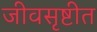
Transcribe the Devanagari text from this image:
जीवसृष्टीत